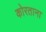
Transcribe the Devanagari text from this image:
कोरताना